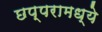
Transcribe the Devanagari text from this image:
छप्परामध्ये